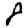
Digit: 8